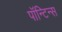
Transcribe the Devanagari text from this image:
पॉन्टिन्स